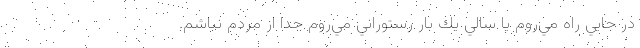
در جايي راه مي‌روم يا سالي يك ‌بار رستوراني مي‌روم جدا از مردم نباشم.